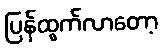
ပြန်ထွက်လာတော့